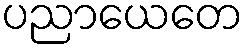
ပညာယေတေ